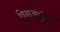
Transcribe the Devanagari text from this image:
विनाअनुदित